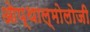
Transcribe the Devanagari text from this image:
ओप्थाल्मोलोजी